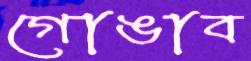
গোঙাব